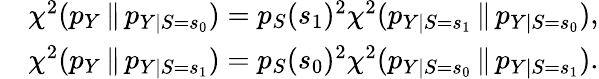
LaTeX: \begin{array}{rl}&{\chi^{2}({p_{Y}}\, \| \, {p_{Y\mid S=s_{0}}})=p_{S}(s_{1})^{2}\chi^{2}({p_{Y\mid S=s_{1}}}\, \| \, {p_{Y\mid S=s_{0}}}),}\\ &{\chi^{2}({p_{Y}}\, \| \, {p_{Y\mid S=s_{1}}})=p_{S}(s_{0})^{2}\chi^{2}({p_{Y\mid S=s_{0}}}\, \| \, {p_{Y\mid S=s_{1}}}).}\end{array}